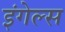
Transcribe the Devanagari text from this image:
इंगेल्स